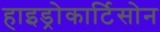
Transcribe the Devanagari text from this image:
हाइड्रोकार्टिसोन